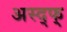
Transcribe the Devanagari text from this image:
अस्द्फ्